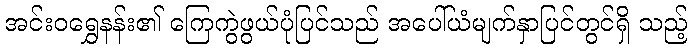
အင်းဝရွှေနန်း၏ ကြေကွဲဖွယ်ပုံပြင်သည် အပေါ်ယံမျက်နှာပြင်တွင်ရှိ သည့်